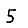
Digit: 5